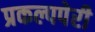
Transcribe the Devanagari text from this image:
प्रकल्पपेरी